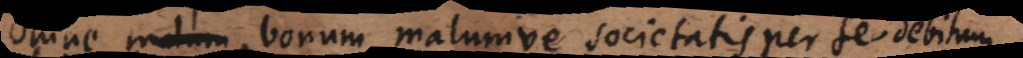
Omne malum bonum malumve societatis per se debitum